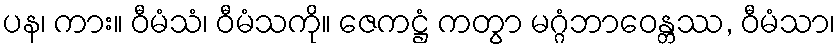
ပန၊ ကား။ ဝီမံသံ၊ ဝီမံသကို။ ဇေကဋ္ဌံ ကတွာ မဂ္ဂံဘာဝေန္တဿ, ဝီမံသာ၊